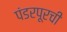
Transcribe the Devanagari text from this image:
पंडरपूरची